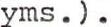
yms.).